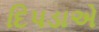
દિપડાએ